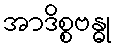
အာဒိစ္စဗန္ဓု